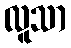
လူသာ